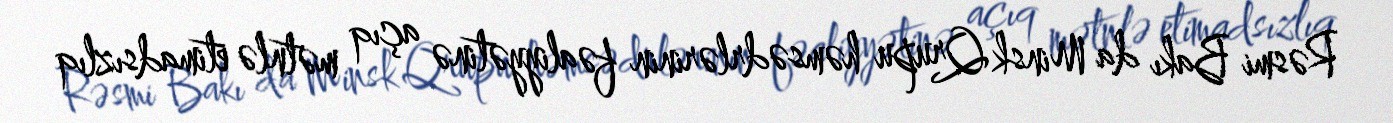
Rəsmi Bakı da Minsk Qrupu həmsədrlərinin fəaliyyətinə açıq mətnlə etimadsızlıq